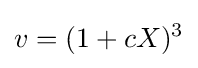
v=(1+cX)^{3}